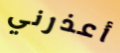
أعذرني